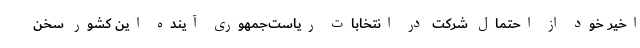
اخیر خود از احتمال شرکت در انتخابات ریاست‌جمهوری آینده این کشور سخن